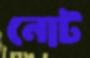
নোট